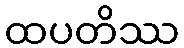
ထပတိဿ